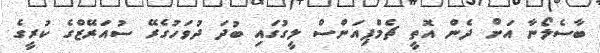
ބާސެލޯނާ އަށް ދެން އޮތީ ޗެމްޕިއަންސް ލީގުގައި ބުދަ ދުވަހުގެރޭ ސުއަރޭޒްގެ ކުރީގެ